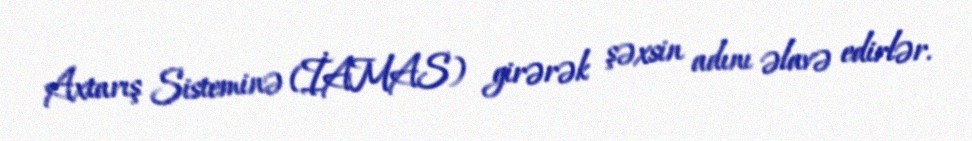
Axtarış Sisteminə (İAMAS) girərək şəxsin adını əlavə edirlər.